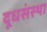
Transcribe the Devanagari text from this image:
दूधसंस्था